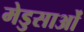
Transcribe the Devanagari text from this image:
मेडुसाओं